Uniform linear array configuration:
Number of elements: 32
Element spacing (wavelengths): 0.5
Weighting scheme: uniform
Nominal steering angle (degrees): -15
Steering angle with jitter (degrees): -14.959
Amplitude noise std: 0.05
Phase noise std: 0.05

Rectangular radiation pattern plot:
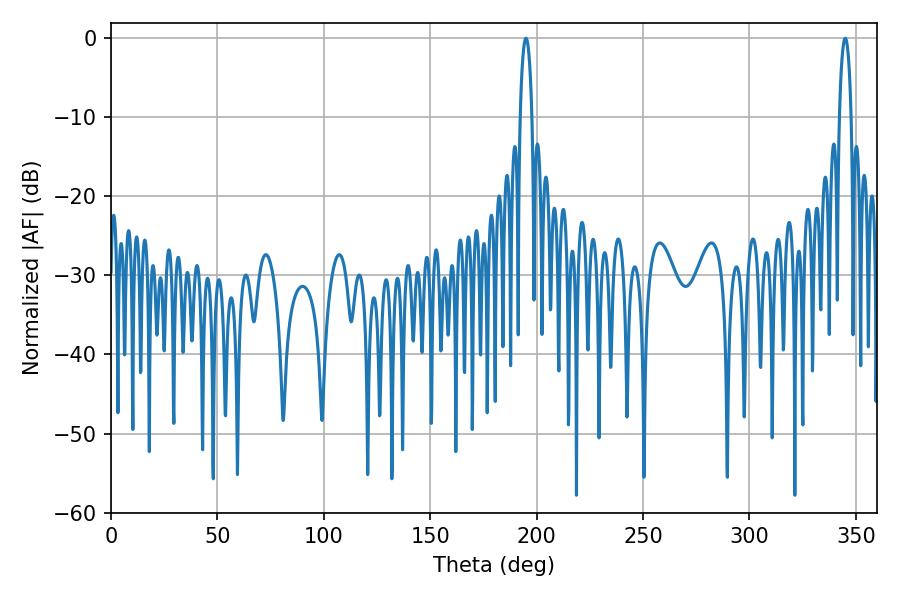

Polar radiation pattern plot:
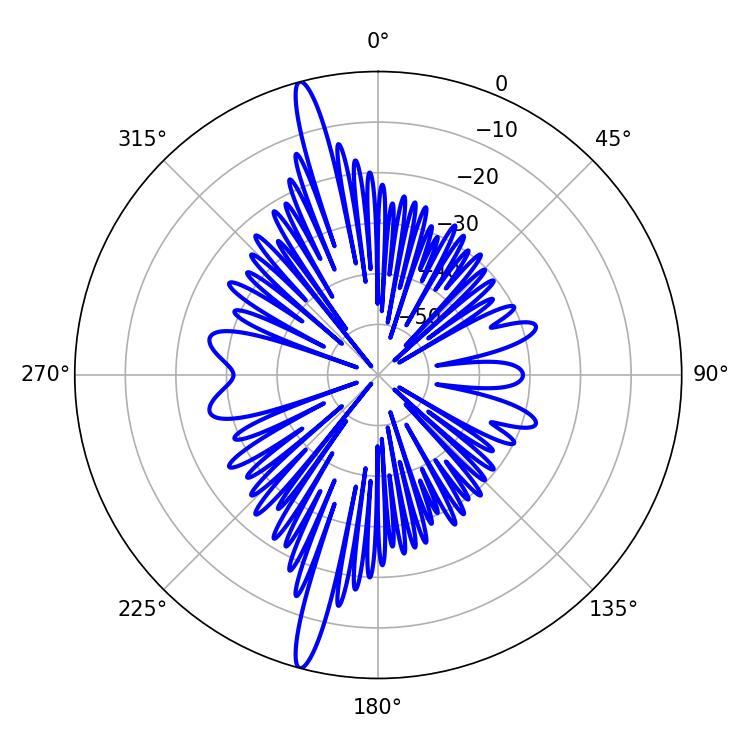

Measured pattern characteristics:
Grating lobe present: FALSE
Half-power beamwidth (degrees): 3.06
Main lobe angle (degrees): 194.94